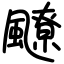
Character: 飉